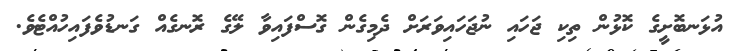
އުޅަނބޮށީގެ ކޮޅުން ތިކި ޖަހައި ނުޖަހައިވަރަށް ދެމިގެން ގޮސްފައިވާ ލޭގެ ރޮނގެއް ގަނޑުވެފައިހުއްޓެވެ.